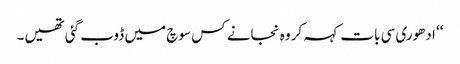
‘‘ ادھوری سی بات کہہ کر وہ نجانے کس سوچ میں ڈوب گئی تھیں۔